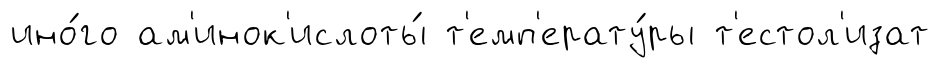
ино́го ам'инок'ислоты́ т'емп'ерату́ры т'естол'изат